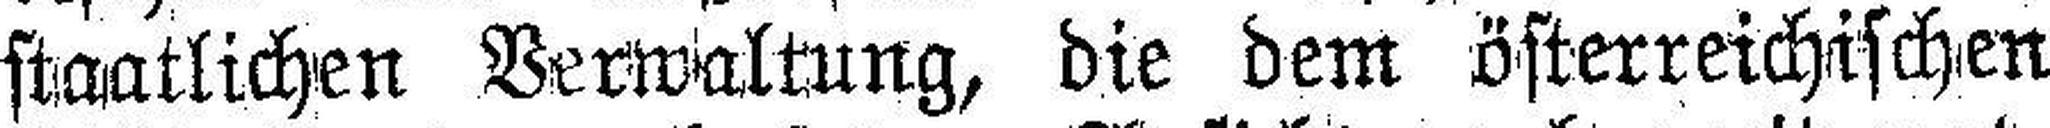
staatlichen Verwaltung, die dem österreichischen